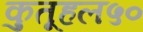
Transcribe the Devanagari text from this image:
कुतूहल५०